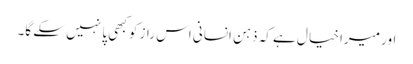
اور میرا خیا ل ہے کہ ذہن انسانی اس راز کو کبھی پا نہیں سکے گا۔